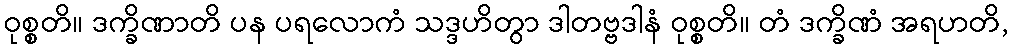
ဝုစ္စတိ။ ဒက္ခိဏာတိ ပန ပရလောကံ သဒ္ဒဟိတွာ ဒါတဗ္ဗဒါနံ ဝုစ္စတိ။ တံ ဒက္ခိဏံ အရဟတိ,